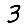
Digit: 3